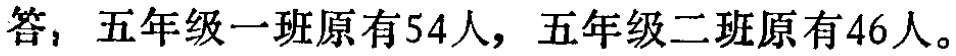
答：五年级一班原有54人，五年级二班原有46人。